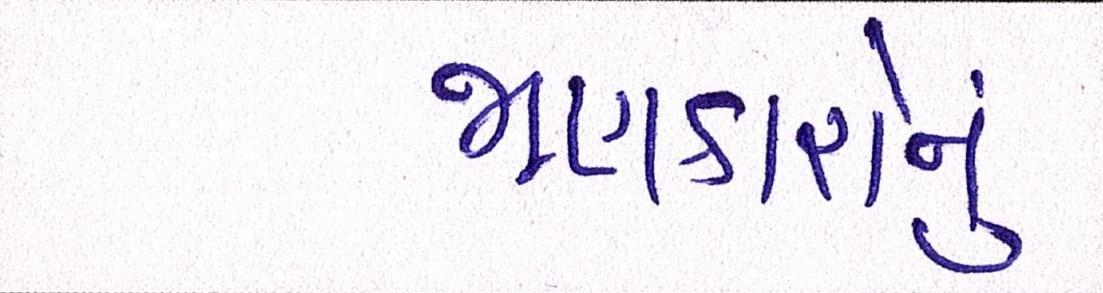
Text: જાણકારોનું